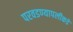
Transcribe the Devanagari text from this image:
परवडण्यापलीकडे